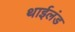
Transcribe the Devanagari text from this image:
थाईलंड